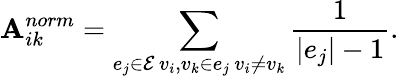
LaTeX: \mathbf{A}_{ik}^{norm}=\sum_{\substack{e_{j}\in\mathcal{E}\, v_{i},v_{k}\in e_{j}\, v_{i}\neq v_{k}}}\frac{1}{|e_{j}|-1}.